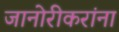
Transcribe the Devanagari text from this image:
जानोरीकरांना